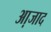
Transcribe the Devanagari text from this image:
आ़जाद